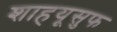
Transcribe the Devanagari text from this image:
शाहयूसुफ